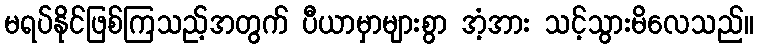
မရပ်နိုင်ဖြစ်ကြသည့်အတွက် ပီယာမှာများစွာ အံ့အား သင့်သွားမိလေသည်။